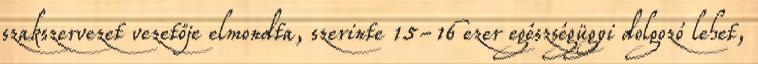
szakszervezet vezetője elmondta, szerinte 15-16 ezer egészségügyi dolgozó lehet,